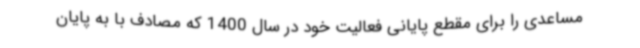
مساعدی را برای مقطع پایانی فعالیت خود در سال 1400 که مصادف با به پایان